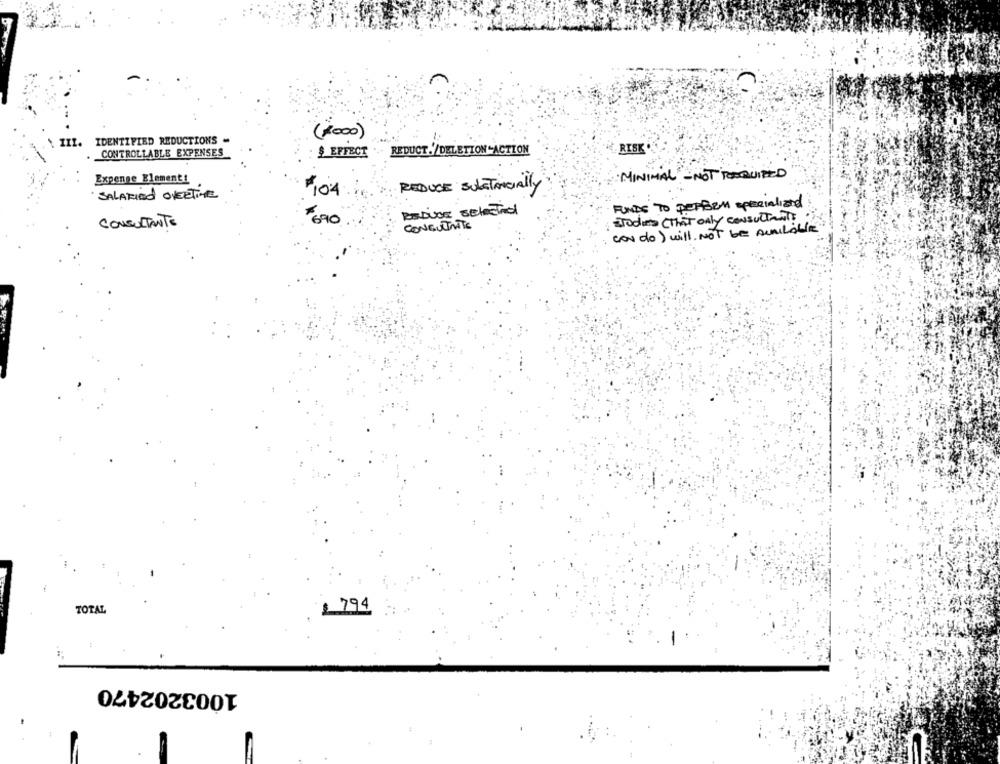
(2000)
III. IDENTIFIED REDUCTIONS .
CONTROLLABLE EXPENSES
$ EFFECT
REDUCT./DELETION-ACTION
RISK
Expense Element!
MINIMAL - NOT REQUIRED
REDUCE SubSTANCIAlly
SALARIED OVERTIVE
104
FUNDS TO perBEM specialized
REDine selecTrol
CONSULTANTE
$ 6910
Todis ( That Only CONSULTANT
CONSULTANTE
condo) will NOT be AUMLAble
TOTAL
794
1003202470